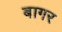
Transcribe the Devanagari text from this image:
बागर